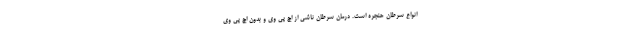
انواع سرطان حنجره است. درمان سرطان ناشی از اچ پی وی و بدون اچ پی وی